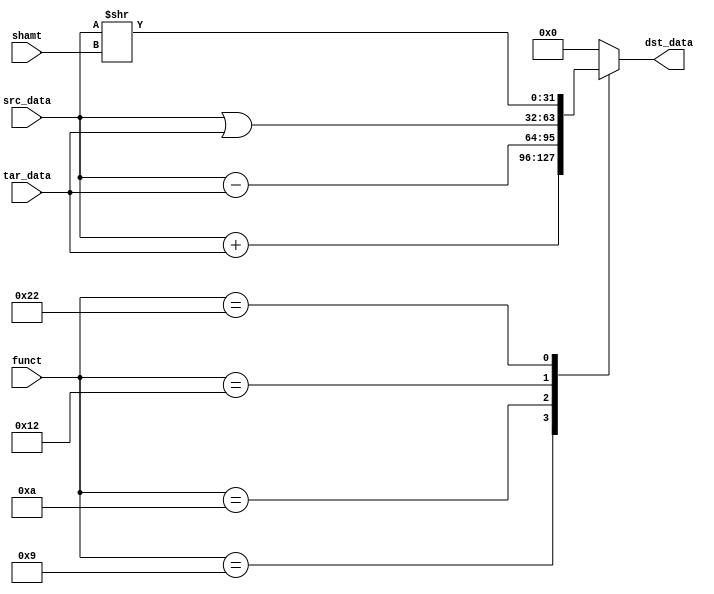
module ALU (
    //outputs
    output reg [31:0]dst_data,
    //inputs
    input [31:0]src_data,
    input [31:0]tar_data,
    input [4:0]shamt,
    input [5:0]funct
);
    always@(*)begin
        case(funct)
            //ADDU
            6'b001001:  dst_data <= src_data + tar_data;
            //SUBU
            6'b001010:  dst_data <= src_data - tar_data;
            //OR
            6'b010010:  dst_data <= src_data | tar_data;
            //SRL
            6'b100010:  dst_data <= src_data >> shamt;
            default:    dst_data <= 32'd0;
        endcase
    end
endmodule